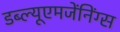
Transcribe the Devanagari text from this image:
डब्ल्यूएमजेंनिंग्स